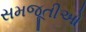
સમજૂતીઓ